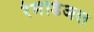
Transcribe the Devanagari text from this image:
रेमेडिअल